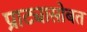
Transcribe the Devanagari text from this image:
प्राट्यासोबत